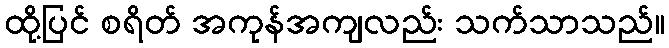
ထို့ပြင် စရိတ် အကုန်အကျလည်း သက်သာသည်။